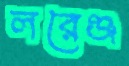
লরেঞ্জ